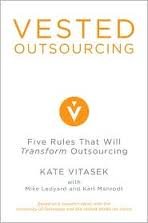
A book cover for Vested Outsourcing: Five Rules That Will Transform Outsourcing 1st (first) edition; Business & Money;